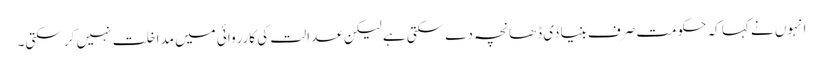
انہوں نے کہا کہ حکومت صرف بنیادی ڈھانچہ دے سکتی ہے لیکن عدالت کی کارروائی میں مداخلت نہیں کر سکتی۔